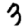
Digit: 3